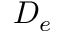
D _ { e }